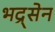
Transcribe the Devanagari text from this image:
भद्र्सेन